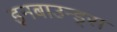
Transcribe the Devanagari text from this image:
इनबाउन्ड्स